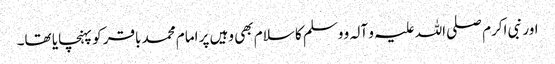
اور نبی اکرم صلی اللہ علیہ و آلہ و وسلم کا سلام بھی وہیں پر امام محمد باقر کو پہنچایا تھا۔